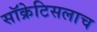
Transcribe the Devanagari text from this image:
सॉक्रेटिसलाच